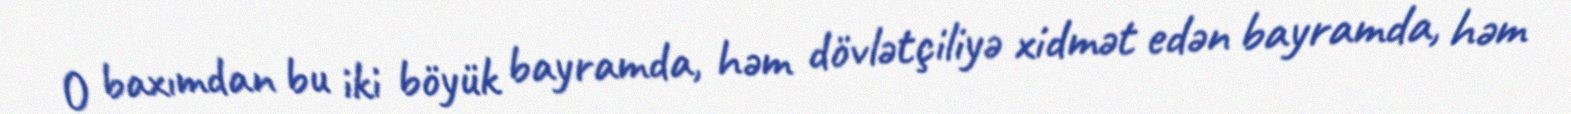
O baxımdan bu iki böyük bayramda, həm dövlətçiliyə xidmət edən bayramda, həm